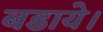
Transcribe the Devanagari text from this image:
बडाये।